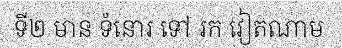
ទី២ មាន ទំនោរ ទៅ រក វៀតណាម